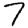
Digit: 7